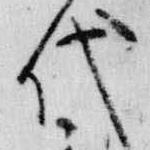
代